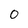
Character: 0